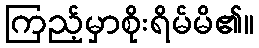
ကြည့်မှာစိုးရိမ်မိ၏။